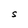
Character: S